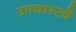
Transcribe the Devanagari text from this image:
उपचाररचे